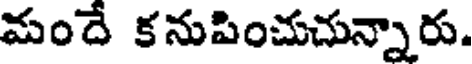
మందే కనుపించుచున్నారు.